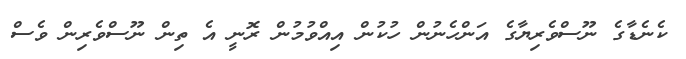
ކެނެޑާގެ ނޫސްވެރިޔާގެ އަންހެނުން ހުކުން އިއްވުމުން ރޮނީ އެ ތިން ނޫސްވެރިން ވެސް